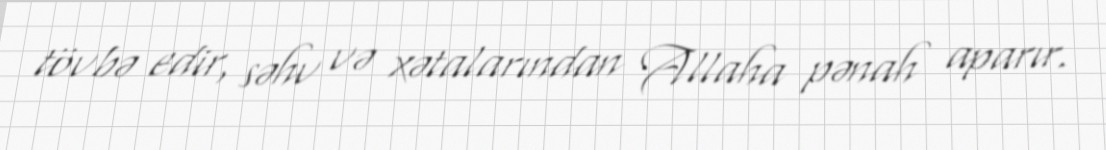
tövbə edir, səhv və xətalarından Allaha pənah aparır.